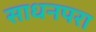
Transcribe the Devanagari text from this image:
साधनपरा